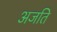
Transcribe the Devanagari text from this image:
अजति